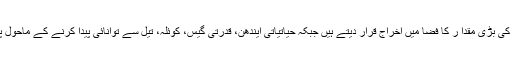
سائنس دان عالمی حدت میں اضافہ کی بڑی وجہ گرین ہاؤس گیسوں کی بڑی مقدا ر کا فضا میں اخراج قرار دیتے ہیں جبکہ حیاتیاتی ایندھن، قدرتی گیس، کوئلہ، تیل سے توانائی پیدا کرنے کے ماحول پر منفی اثرات انسانی سرگرمیوں سے کئی گنا زیادہ مضر رساں ہیں۔